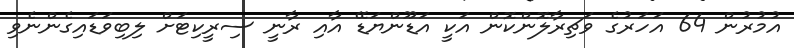
އުމުރުން 64 އަހަރުގެ ވަޗިރާލޮންކޮން އަކީ އަޑޫންޔަޑޭ އާއި ރާނީ ސިރީކިޓަށް ލިބިވަޑައިގެންނެވި